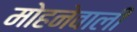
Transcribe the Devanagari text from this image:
मोहनेवाली